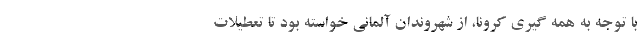
با توجه به همه گیری کرونا، از شهروندان آلمانی خواسته بود تا تعطیلات